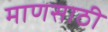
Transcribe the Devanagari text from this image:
माणसाठी